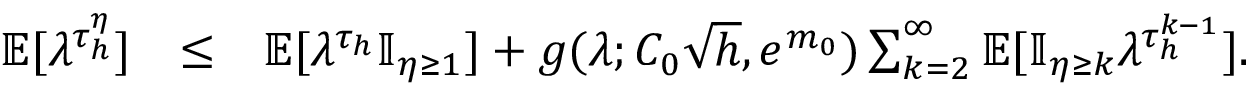
\begin{array} { r l r } { \mathbb { E } [ \lambda ^ { \tau _ { h } ^ { \eta } } ] } & { \le } & { \mathbb { E } [ \lambda ^ { \tau _ { h } } \mathbb { I } _ { \eta \ge 1 } ] + g ( \lambda ; C _ { 0 } \sqrt { h } , e ^ { m _ { 0 } } ) \sum _ { k = 2 } ^ { \infty } \mathbb { E } [ \mathbb { I } _ { \eta \ge k } \lambda ^ { \tau _ { h } ^ { k - 1 } } ] . } \end{array}